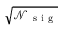
\sqrt { \mathscr { N } _ { \mathrm { ~ s ~ i ~ g ~ } } }